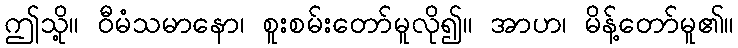
ဤသို့။ ဝီမံသမာနော၊ စူးစမ်းတော်မူလို၍။ အာဟ၊ မိန့်တော်မူ၏။